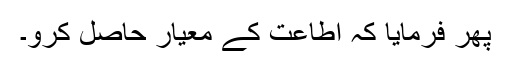
پھر فرمایا کہ اطاعت کے معیار حاصل کرو۔